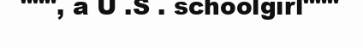
""", a U .S . schoolgirl"""